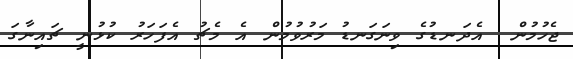
ޖެހުމުން  އެދަނޑުގެ ވިނަގަނޑު މަރުވުމުން އެ މެޗު އެފަހަރު ކުޅުނީ ޗައިނާގަ